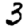
Digit: 3